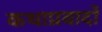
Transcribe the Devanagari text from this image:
कथाप्रवादों